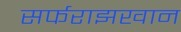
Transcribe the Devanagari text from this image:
सर्फराझखान